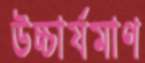
উচ্চার্যমাণ